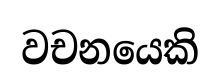
වචනයෙකි